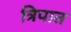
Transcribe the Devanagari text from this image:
त्रिपात